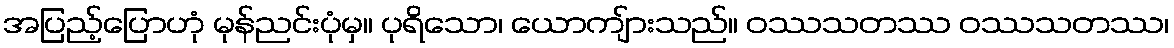
အပြည့်ပြောဟုံ မုန်ညင်းပုံမှ။ ပုရိသော၊ ယောကျ်ားသည်။ ဝဿသတဿ ဝဿသတဿ၊